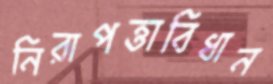
নিরাপত্তাবিধান